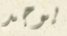
يوجد